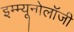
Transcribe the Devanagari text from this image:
इम्म्यूनोलॉजी